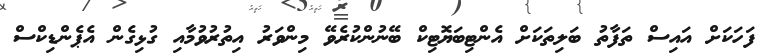
ފަހަކަށް އައިސް ތަފާތު ބަލިތަކަށް އެންޓިބަޔޮޓިކް ބޭނުންކުރެވޭ މިންވަރު އިތުރުވުމާއި ގުޅިގެން އެޕެންޑިކްސް